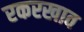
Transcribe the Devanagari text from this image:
रकरखाव